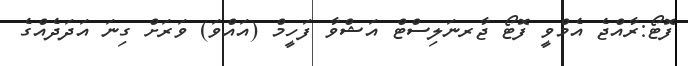
ފޮޓޯ:ރާއްޖެ އެމްވީ ފޮޓޯ ޖާރނަލިސްޓް އަޝްވާ ފަހީމް (އައްވަ) ވަރަށް ގިނަ އަދަދެއްގެ